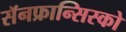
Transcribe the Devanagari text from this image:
सॅनफ्रान्सिस्को